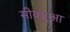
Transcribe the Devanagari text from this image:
सीक्युआ